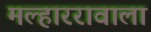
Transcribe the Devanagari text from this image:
मल्हाररावाला